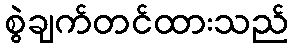
စွဲချက်တင်ထားသည်